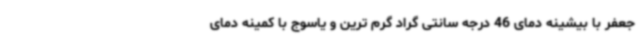
جعفر با بیشینه دمای 46 درجه سانتی گراد گرم ترین و یاسوج با کمینه دمای